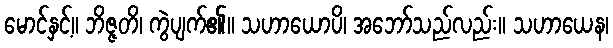
မောင်နှင့်။ ဘိဇ္ဇတိ၊ ကွဲပျက်၏။ သဟာယောပိ၊ အဘော်သည်လည်း။ သဟာယေန၊